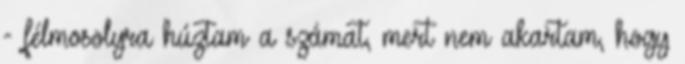
- félmosolyra húztam a számat, mert nem akartam, hogy